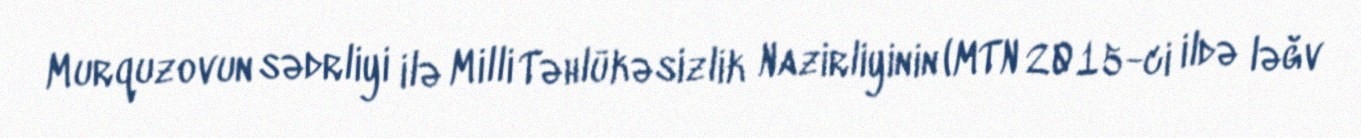
Murquzovun sədrliyi ilə Milli Təhlükəsizlik Nazirliyinin (MTN 2015-ci ildə ləğv